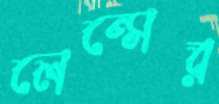
লেন্সের